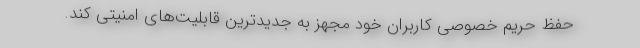
حفظ حریم خصوصی کاربران خود مجهز به جدیدترین قابلیت‌های امنیتی کند.